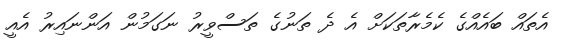
އެތައް ބައެއްގެ ކެމެރާތަކަށް އެ ދެ ތަނުގެ ތަސްވީރު ނަގަމުން އަންނައިރު އެއީ